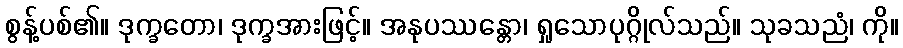
စွန့်ပစ်၏။ ဒုက္ခတော၊ ဒုက္ခအားဖြင့်။ အနုပဿန္တော၊ ရှုသောပုဂ္ဂိုလ်သည်။ သုခသညံ၊ ကို။